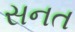
સનત